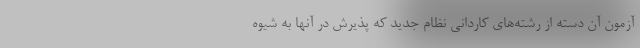
آزمون آن دسته از رشته‌های کاردانی نظام جدید که پذیرش در آنها به شیوه